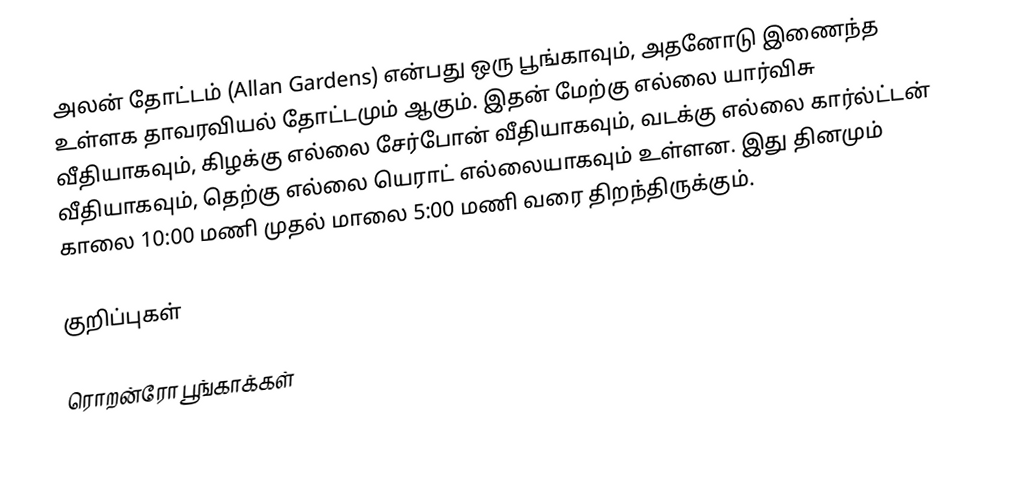
அலன் தோட்டம் (Allan Gardens) என்பது ஒரு பூங்காவும், அதனோடு இணைந்த உள்ளக தாவரவியல் தோட்டமும் ஆகும்.  இதன் மேற்கு எல்லை யார்விசு வீதியாகவும், கிழக்கு எல்லை சேர்போன் வீதியாகவும், வடக்கு எல்லை கார்ல்ட்டன் வீதியாகவும், தெற்கு எல்லை யெராட் எல்லையாகவும் உள்ளன. இது தினமும் காலை 10:00 மணி முதல் மாலை 5:00 மணி வரை திறந்திருக்கும்.

குறிப்புகள்

ரொறன்ரோ பூங்காக்கள்